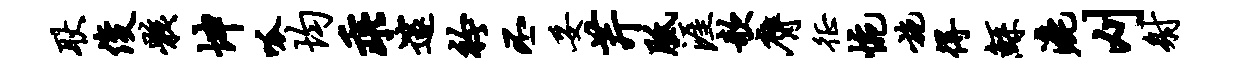
耿俊骸坤呱均乖邃衿丕妥芹胝涯欹膺徵惋施得鲧漉刈射